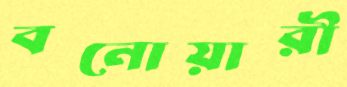
বনোয়ারী